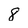
Character: 8